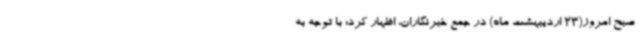
صبح امروز(23 اردیبهشت ماه) در جمع خبرنگاران، اظهار کرد: با توجه به